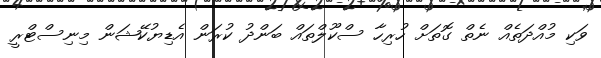
ވަކި މުއްދަތެއް ނެތް ގޮތަށް ހުރިހާ ސްކޫލްތައް ބަންދު ކުރަން އެޑިޔުކޭޝަން މިނިސްޓްރީ